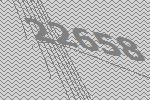
22658